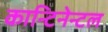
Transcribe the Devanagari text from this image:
कान्टिनेन्टल